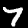
Digit: 7